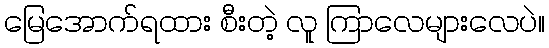
မြေအောက်ရထား စီးတဲ့ လူ ကြာလေများလေပဲ။